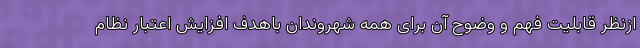
ازنظر قابلیت فهم و وضوح آن برای همه شهروندان باهدف افزایش اعتبار نظام